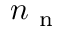
n _ { \mathrm { ~ n ~ } }